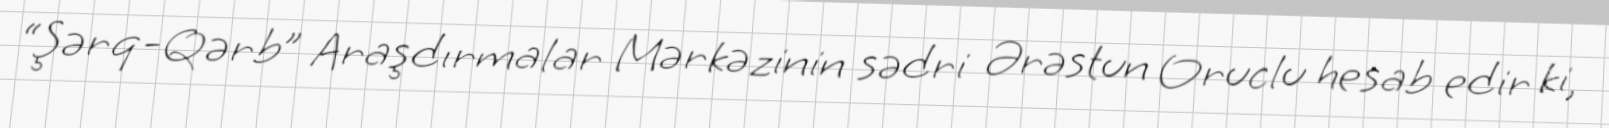
“Şərq-Qərb” Araşdırmalar Mərkəzinin sədri Ərəstun Oruclu hesab edir ki,